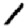
Digit: 1